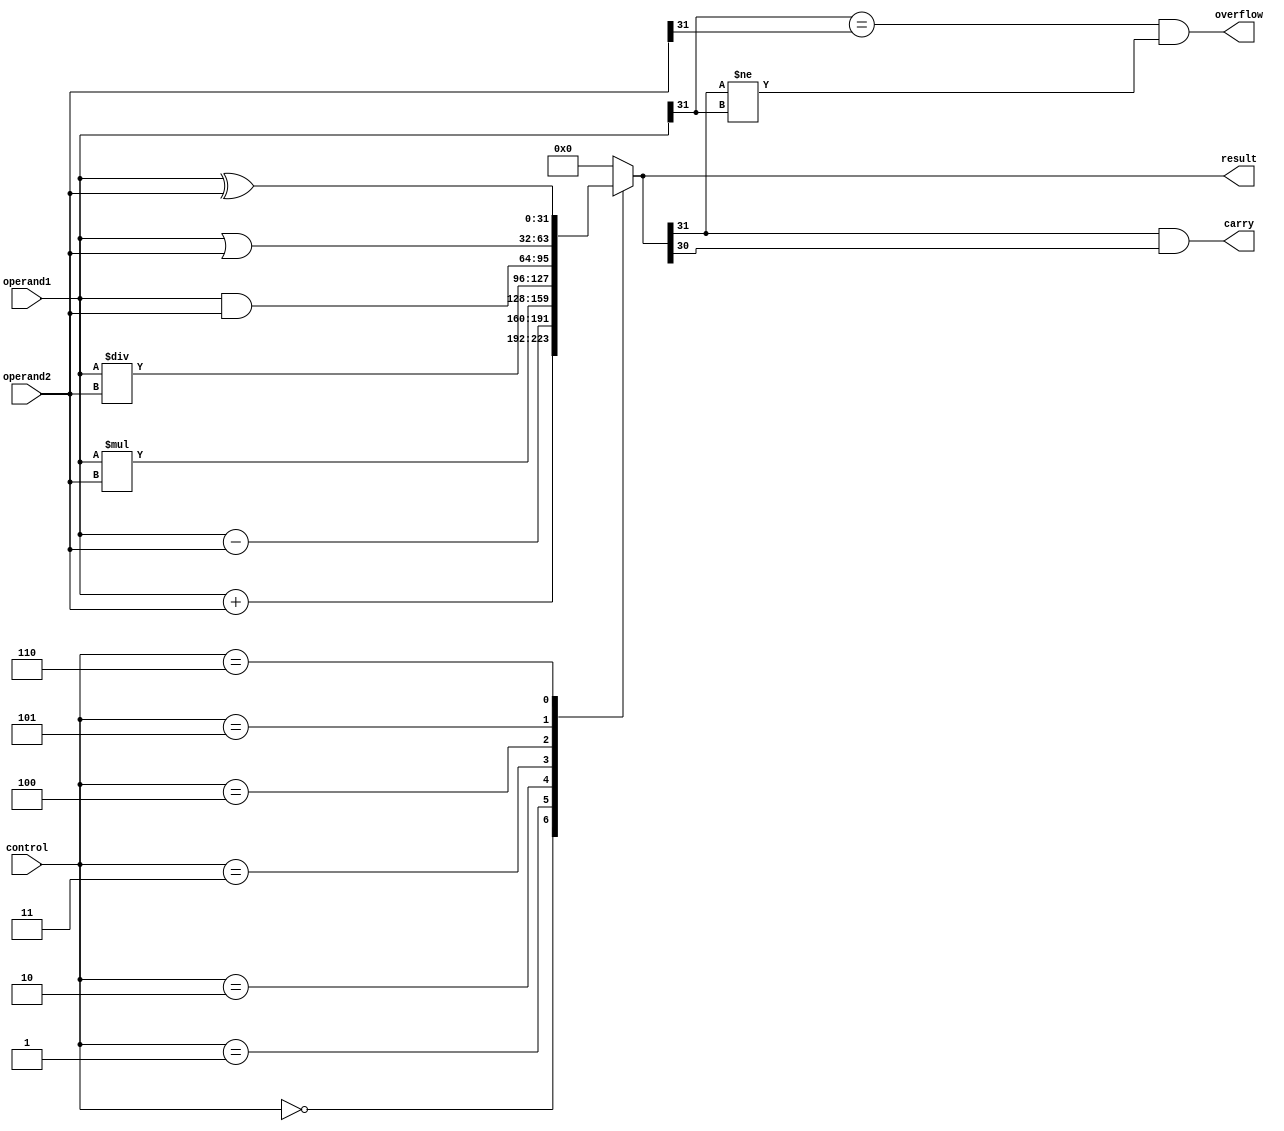
module ALU (
    input [31:0] operand1,
    input [31:0] operand2,
    input [2:0] control,
    output [31:0] result,
    output carry,
    output overflow
);

reg [31:0] result;
wire [31:0] temp_result;
wire overflow, carry;

always @ (*)
begin
    case (control)
        3'b000: result = operand1 + operand2; // Addition
        3'b001: result = operand1 - operand2; // Subtraction
        3'b010: result = operand1 * operand2; // Multiplication
        3'b011: result = operand1 / operand2; // Division
        3'b100: result = operand1 & operand2; // AND
        3'b101: result = operand1 | operand2; // OR
        3'b110: result = operand1 ^ operand2; // XOR
        default: result = 32'b0; // Default operation
    endcase
end

assign carry = (result[31] & result[30]);
assign overflow = (operand1[31] == operand2[31] && result[31] != operand1[31]);

endmodule